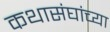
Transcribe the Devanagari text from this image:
कथासंघांच्या